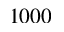
1 0 0 0